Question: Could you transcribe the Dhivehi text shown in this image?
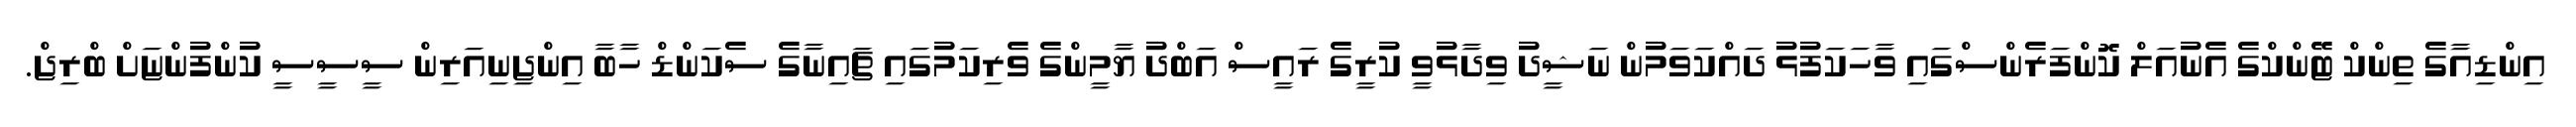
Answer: އިންޑިއާގެ ތިންކް ޓޭންކްގެ އެނުއަލް ކޮންފަރެންސްގައި ވާހަކަފުޅު ދައްކަވަމުން ނަޝީދު ވިދާޅުވީ ކުރީގެ ރައީސް އަބްދު ޔާމީންގެ ވެރިކަމުގައި ޗައިނާގެ ސެކަންޑް ހާބާ އިންޖިނިއަރިން ސީސީސީ ކުންފުންޏަށް ބްރިޖް.